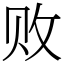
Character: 败